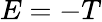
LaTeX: E=-T